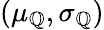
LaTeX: (\mu_{\mathbb{Q}},\sigma_{\mathbb{Q}})